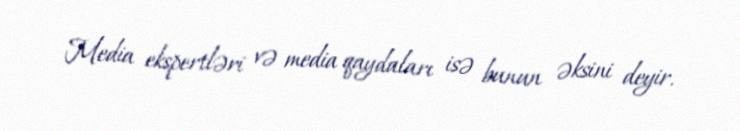
Media ekspertləri və media qaydaları isə bunun əksini deyir.